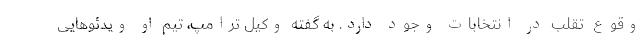
وقوع تقلب در انتخابات وجود دارد. به گفته وکیل ترامپ، تیم او ویدئوهایی